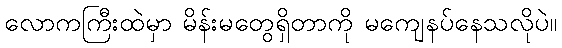
လောကကြီးထဲမှာ မိန်းမတွေရှိတာကို မကျေနပ်နေသလိုပဲ။